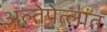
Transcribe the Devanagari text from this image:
अल्तेपेत्लांत